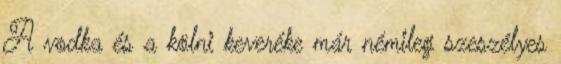
A vodka és a kölni keveréke már némileg szeszélyes